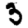
Digit: 3